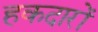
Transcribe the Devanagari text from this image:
हकदारों